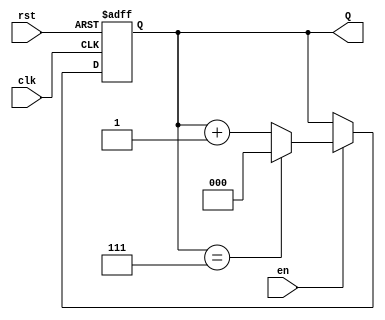
module up_counter (
    input wire clk,           // Clock signal
    input wire en,            // Enable signal
    input wire rst,           // Asynchronous reset (optional)
    output reg [2:0] Q       // 3-bit output for the count
);

    // Initial block to set the counter to zero on power-up
    initial begin
        Q = 3'b000; // Initialize count to 0
    end

    // Always block sensitive to clock and reset
    always @(posedge clk or posedge rst) begin
        if (rst) begin
            // Asynchronous reset
            Q <= 3'b000; // Reset the counter to 0
        end else if (en) begin
            // Increment the counter only if enable is high
            if (Q == 3'b111) begin
                Q <= 3'b000; // Wrap around to 0 if max value is reached
            end else begin
                Q <= Q + 1; // Increment the counter
            end
        end
    end
endmodule